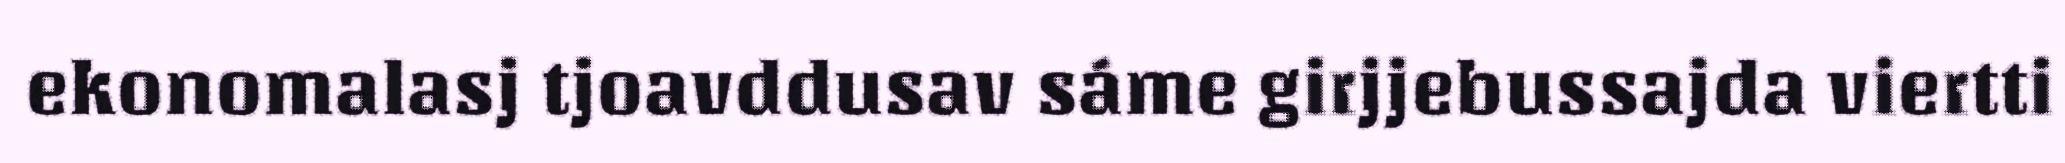
ekonomalasj tjoavddusav sáme girjjebussajda viertti